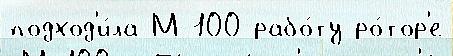
подход'и́ла М-100 рабо́ту ро́тор'е